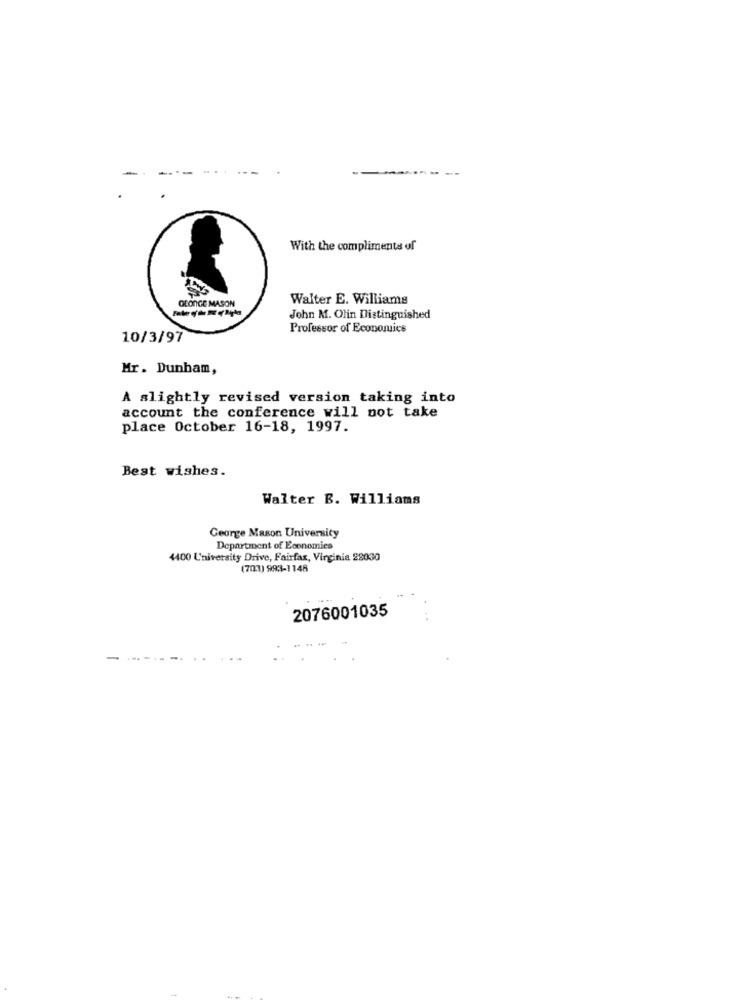
With the compliments of
OCONGE MASON
Walter E. Williams
John M. Olin Distinguished
Professor of Economics
10/3/97
Mr. Dunham,
A slightly revised version taking into
account the conference will not take
place October 16-18, 1997.
Best wishes.
Walter B. Williams
George Mason University
Department of Economies
4400 University Drive, Fairfax, Virginia 22030
(703) 993-1148
2076001035
-